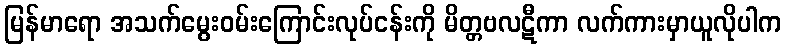
မြန်မာရော အသက်မွေးဝမ်းကြောင်းလုပ်ငန်းကို မိတ္တဗလဋီကာ လက်ကားမှာယူလိုပါက